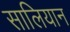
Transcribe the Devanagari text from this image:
सालियान